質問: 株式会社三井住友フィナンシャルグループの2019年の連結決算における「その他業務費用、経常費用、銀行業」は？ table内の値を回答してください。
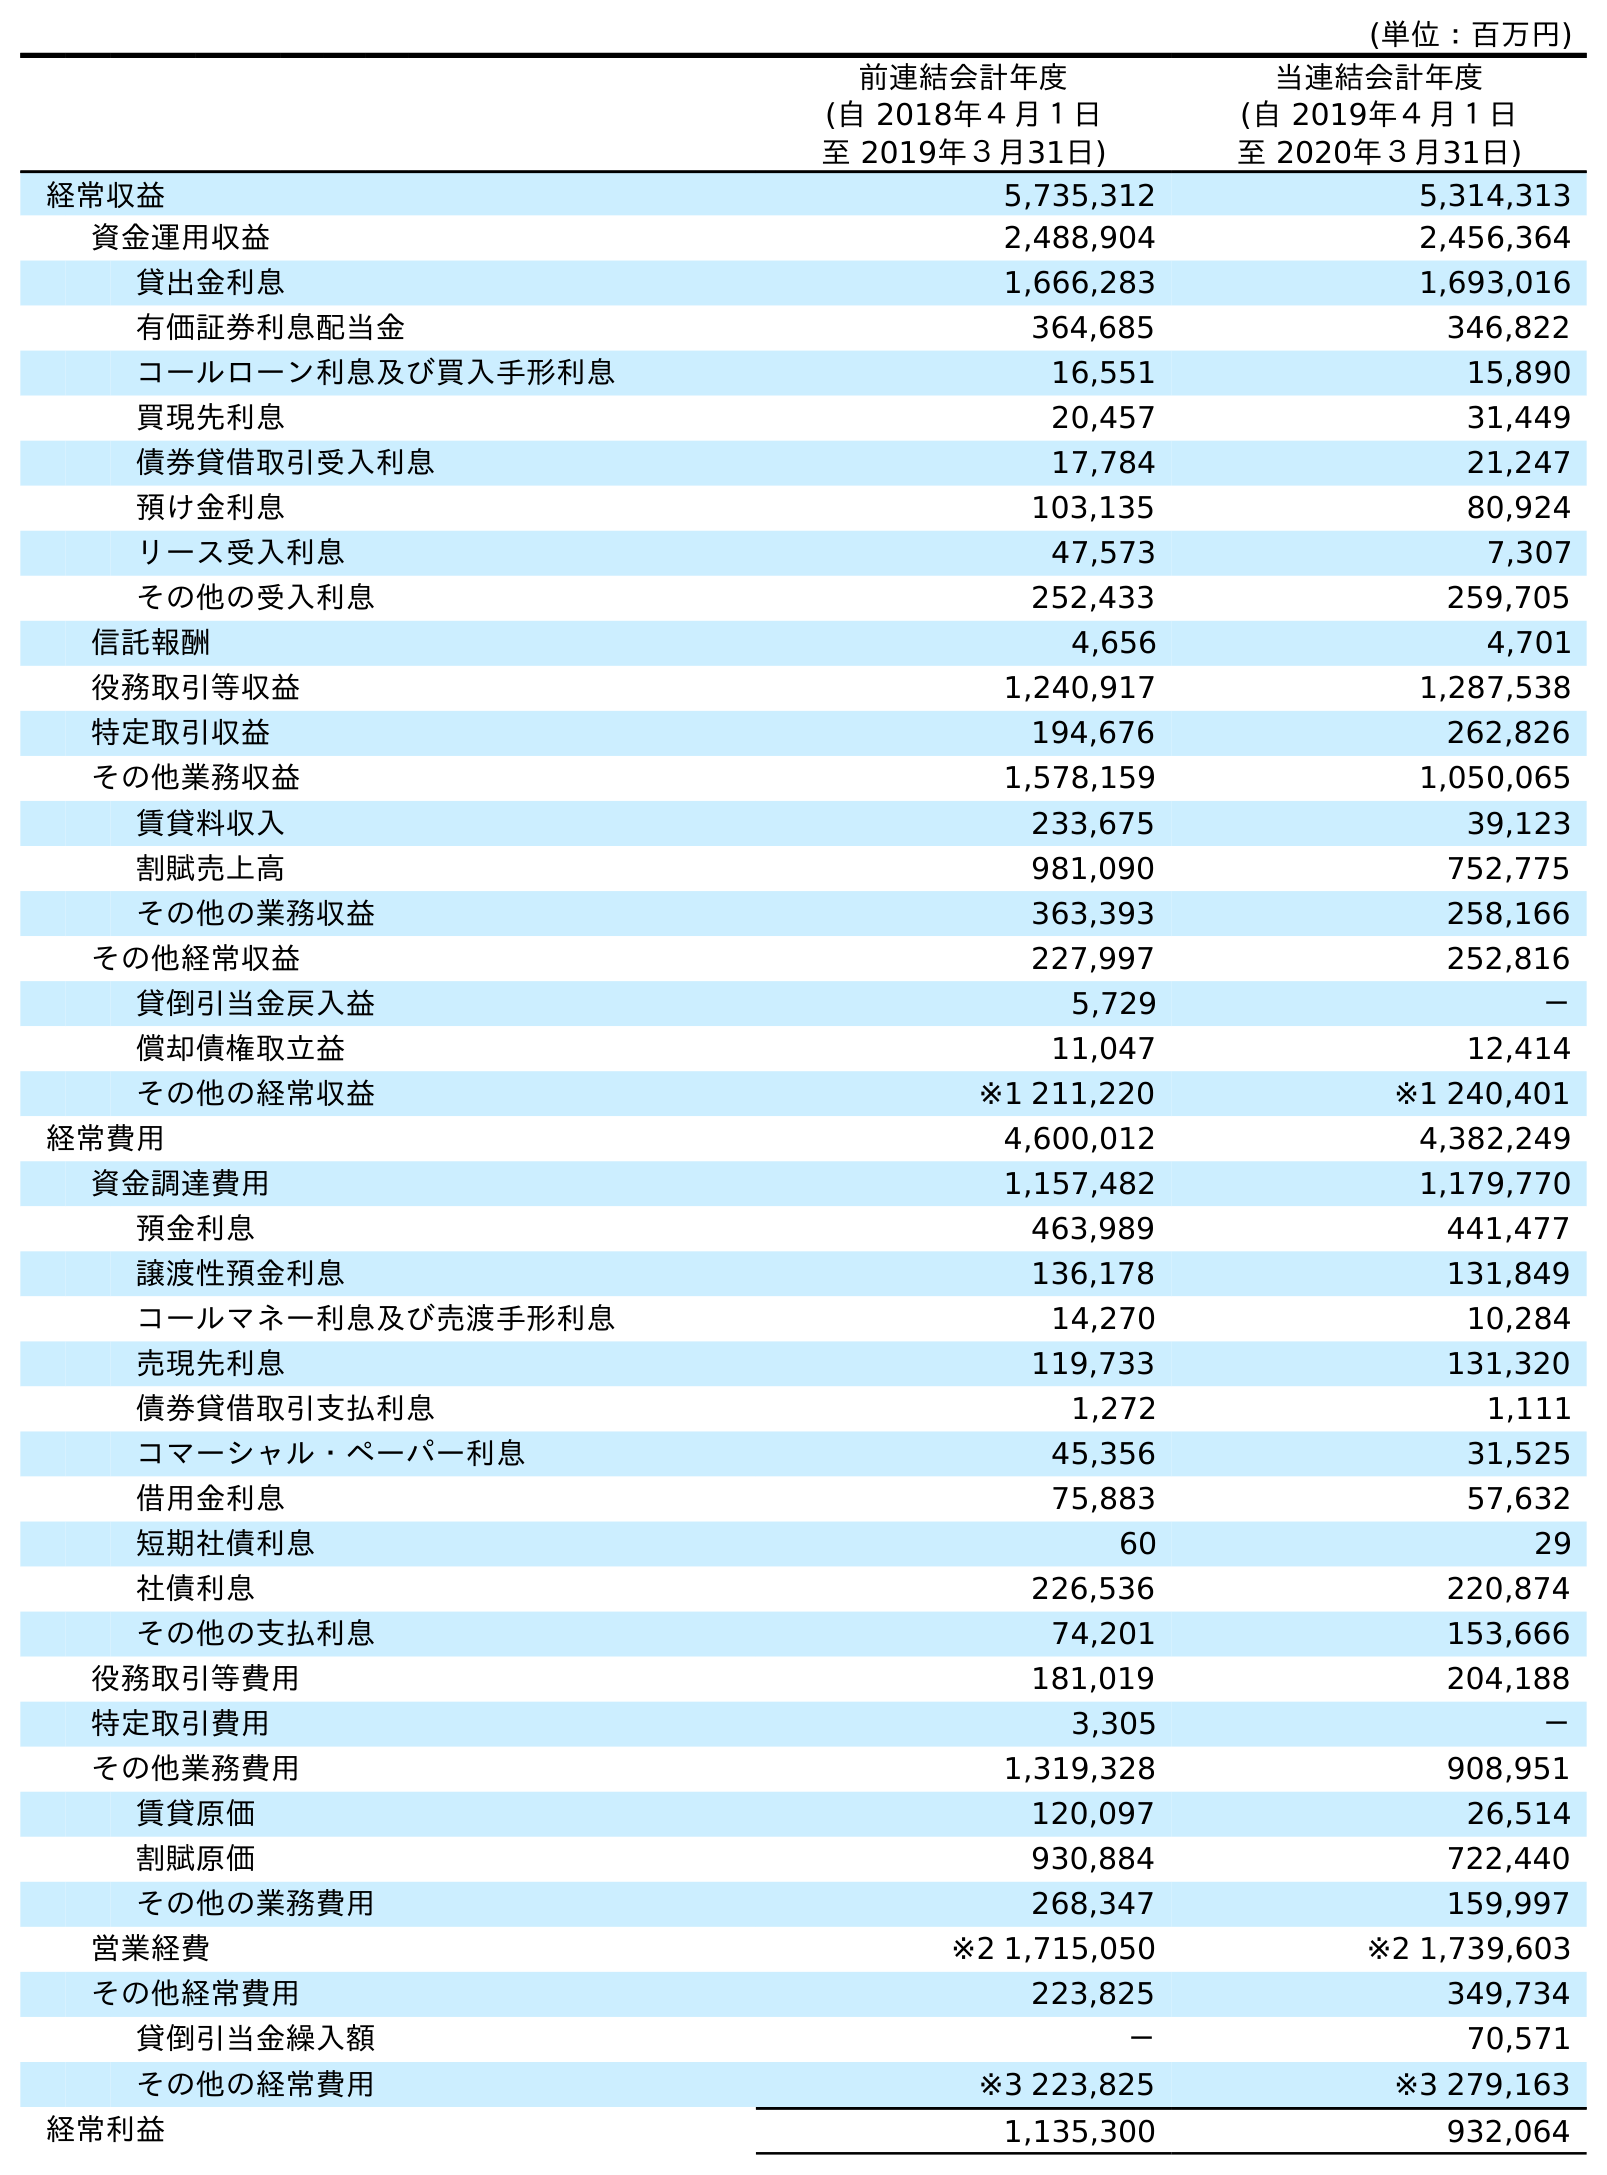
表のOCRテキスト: (単位：百万円) 前連結会計年度 (自 2018年４月１日 至 2019年３月31日) 当連結会計年度 (自 2019年４月１日 至 2020年３月31日) 経常収益 5,735,312 5,314,313 資金運用収益 2,488,904 2,456,364 貸出金利息 1,666,283 1,693,016 有価証券利息配当金 364,685 346,822 コールローン利息及び買入手形利息 16,551 15,890 買現先利息 20,457 31,449 債券貸借取引受入利息 17,784 21,247 預け金利息 103,135 80,924 リース受入利息 47,573 7,307 その他の受入利息 252,433 259,705 信託報酬 4,656 4,701 役務取引等収益 1,240,917 1,287,538 特定取引収益 194,676 262,826 その他業務収益 1,578,159 1,050,065 賃貸料収入 233,675 39,123 割賦売上高 981,090 752,775 その他の業務収益 363,393 258,166 その他経常収益 227,997 252,816 貸倒引当金戻入益 5,729 － 償却債権取立益 11,047 12,414 その他の経常収益 ※1 211,220 ※1 240,401 経常費用 4,600,012 4,382,249 資金調達費用 1,157,482 1,179,770 預金利息 463,989 441,477 譲渡性預金利息 136,178 131,849 コールマネー利息及び売渡手形利息 14,270 10,284 売現先利息 119,733 131,320 債券貸借取引支払利息 1,272 1,111 コマーシャル・ペーパー利息 45,356 31,525 借用金利息 75,883 57,632 短期社債利息 60 29 社債利息 226,536 220,874 その他の支払利息 74,201 153,666 役務取引等費用 181,019 204,188 特定取引費用 3,305 － その他業務費用 1,319,328 908,951 賃貸原価 120,097 26,514 割賦原価 930,884 722,440 その他の業務費用 268,347 159,997 営業経費 ※2 1,715,050 ※2 1,739,603 その他経常費用 223,825 349,734 貸倒引当金繰入額 － 70,571 その他の経常費用 ※3 223,825 ※3 279,163 経常利益 1,135,300 932,064
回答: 1,319,328